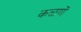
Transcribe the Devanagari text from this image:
कळणें